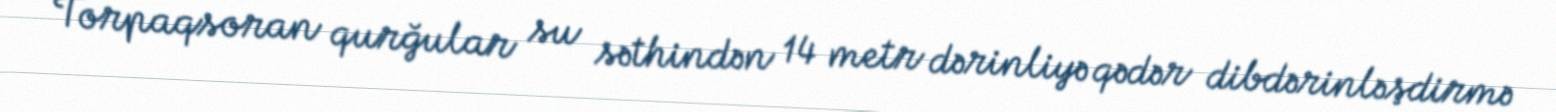
Torpaqsoran qurğular su səthindən 14 metr dərinliyə qədər dibdərinləşdirmə